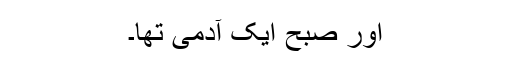
اور صبح ایک آدمی تھا۔